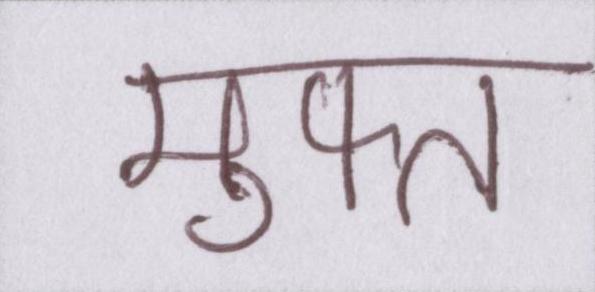
मुफ्त